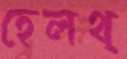
হেলথ্